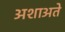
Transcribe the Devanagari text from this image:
अशाअते